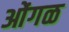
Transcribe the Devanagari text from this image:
ओंगळ